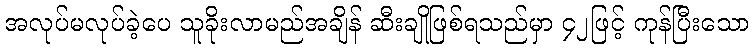
အလုပ်မလုပ်ခဲ့ပေ သူခိုးလာမည်အချိန် ဆီးချိုဖြစ်ရသည်မှာ ၄၂ဖြင့် ကုန်ပြီးသော